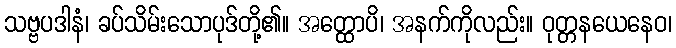
သဗ္ဗပဒါနံ၊ ခပ်သိမ်းသောပုဒ်တို့၏။ အတ္ထောပိ၊ အနက်ကိုလည်း။ ဝုတ္တနယေနေဝ၊